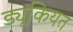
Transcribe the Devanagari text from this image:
ड्यूकियत